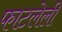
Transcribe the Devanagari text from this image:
फाटलेली